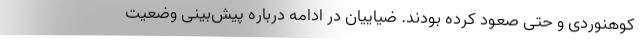
کوهنوردی و حتی صعود کرده بودند. ضیاییان در ادامه درباره پیش‌بینی وضعیت